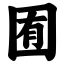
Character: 囿